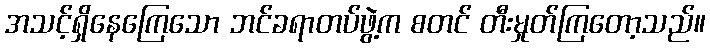
အသင့်ရှိနေကြေသော ဘင်ခရာတပ်ဖွဲ့က စတင် တီးမှုတ်ကြတော့သည်။